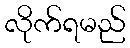
လိုက်ရမည်